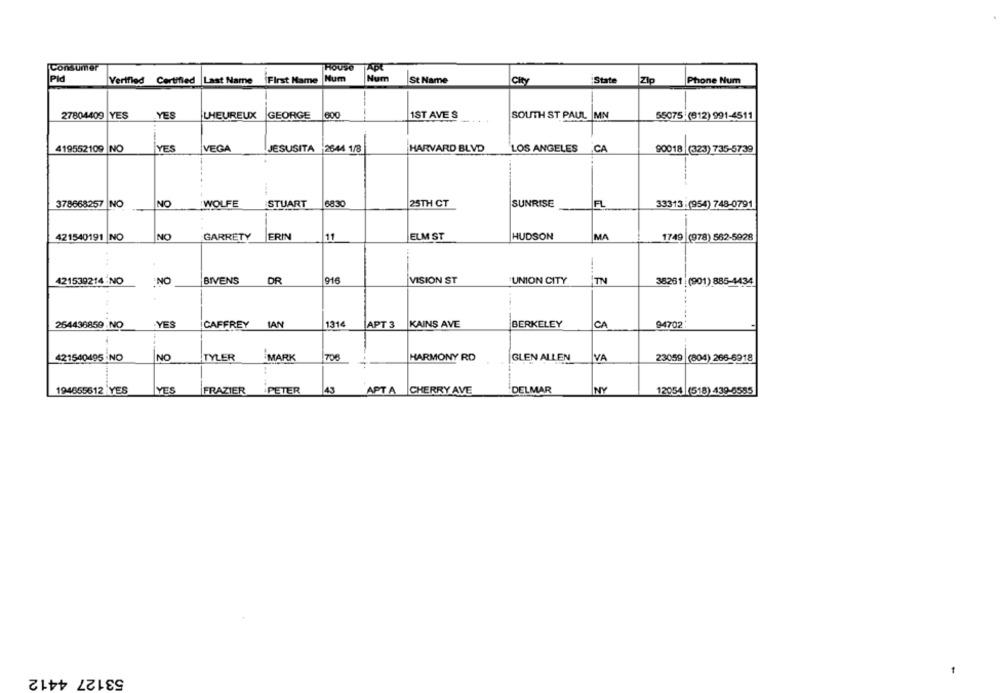
Consumer
House
Pld
Verified Certified Last Name |First Name
Num
Num
St Name
City
State
Zip
Phone Num
27804409 YES
YES
LHEUREUX
GEORGE
600
1ST AVE S
SOUTH ST PAUL MN
55075 (312) 991-4511
YES
419552109 NO
VEGA
JESUSITA
2644 1/8
HARVARD BLVD
LOS ANGELES
.CA
90018 (323) 735-5739
378668257 N
NO
WOLFE
STUART
68.30
25TH CT
SUNRISE
FL
33313 :(954) 748-0791
421540191 NO
NO
ERIN
ELM ST
HUDSON
MA
1749 (978) 562-5928
GARRETY
11
421539214 -NO
:NO
BIVENS
DR
916
VISION ST
UNION CITY
TN
38261 (901) 885-4434
254436859 -NO
.YES
CAFFREY
IAN
1314
APT 3
KAINS AVE
BERKELEY
CA
94702
421540495 NO
NO
TYLER
MARK
706
HARMONY RD
GLEN ALLEN
VA
23059 (804) 266-6918
194655612 YES
IYES
FRAZIER
PETER
43
APT A CHERRY AVE
DELMAR
NY
12054 (518) 439-6555
53127 4412